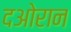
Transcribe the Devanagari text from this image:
दओरान